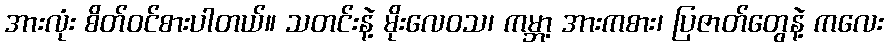
အားလုံး စိတ်ဝင်စားပါတယ်။ သတင်းနဲ့ မိုးလေဝသ၊ ကမ္ဘာ့ အားကစား၊ ပြဇာတ်တွေနဲ့ ကလေး